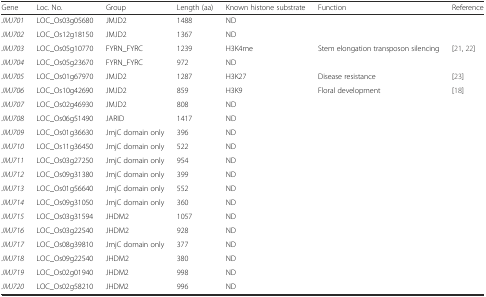
<table><thead><tr><td><b>Gene</b></td><td><b>Loc. No.</b></td><td><b>Group</b></td><td><b>Length (aa)</b></td><td><b>Known histone substrate</b></td><td><b>Function</b></td><td><b>Reference</b></td></tr></thead><tbody><tr><td><i>JMJ701</i></td><td>LOC_Os03g05680</td><td>JMJD2</td><td>1488</td><td>ND</td><td></td><td></td></tr><tr><td><i>JMJ702</i></td><td>LOC_Os12g18150</td><td>JMJD2</td><td>1367</td><td>ND</td><td></td><td></td></tr><tr><td><i>JMJ703</i></td><td>LOC_Os05g10770</td><td>FYRN_FYRC</td><td>1239</td><td>H3K4me</td><td>Stem elongation transposon silencing</td><td>[21, 22]</td></tr><tr><td><i>JMJ704</i></td><td>LOC_Os05g23670</td><td>FYRN_FYRC</td><td>972</td><td>ND</td><td></td><td></td></tr><tr><td><i>JMJ705</i></td><td>LOC_Os01g67970</td><td>JMJD2</td><td>1287</td><td>H3K27</td><td>Disease resistance</td><td>[23]</td></tr><tr><td><i>JMJ706</i></td><td>LOC_Os10g42690</td><td>JMJD2</td><td>859</td><td>H3K9</td><td>Floral development</td><td>[18]</td></tr><tr><td><i>JMJ707</i></td><td>LOC_Os02g46930</td><td>JMJD2</td><td>808</td><td>ND</td><td></td><td></td></tr><tr><td><i>JMJ708</i></td><td>LOC_Os06g51490</td><td>JARID</td><td>1417</td><td>ND</td><td></td><td></td></tr><tr><td><i>JMJ709</i></td><td>LOC_Os01g36630</td><td>JmjC domain only</td><td>396</td><td>ND</td><td></td><td></td></tr><tr><td><i>JMJ710</i></td><td>LOC_Os11g36450</td><td>JmjC domain only</td><td>522</td><td>ND</td><td></td><td></td></tr><tr><td><i>JMJ711</i></td><td>LOC_Os03g27250</td><td>JmjC domain only</td><td>954</td><td>ND</td><td></td><td></td></tr><tr><td><i>JMJ712</i></td><td>LOC_Os09g31380</td><td>JmjC domain only</td><td>399</td><td>ND</td><td></td><td></td></tr><tr><td><i>JMJ713</i></td><td>LOC_Os01g56640</td><td>JmjC domain only</td><td>552</td><td>ND</td><td></td><td></td></tr><tr><td><i>JMJ714</i></td><td>LOC_Os09g31050</td><td>JmjC domain only</td><td>360</td><td>ND</td><td></td><td></td></tr><tr><td><i>JMJ715</i></td><td>LOC_Os03g31594</td><td>JHDM2</td><td>1057</td><td>ND</td><td></td><td></td></tr><tr><td><i>JMJ716</i></td><td>LOC_Os03g22540</td><td>JHDM2</td><td>928</td><td>ND</td><td></td><td></td></tr><tr><td><i>JMJ717</i></td><td>LOC_Os08g39810</td><td>JmjC domain only</td><td>377</td><td>ND</td><td></td><td></td></tr><tr><td><i>JMJ718</i></td><td>LOC_Os09g22540</td><td>JHDM2</td><td>380</td><td>ND</td><td></td><td></td></tr><tr><td><i>JMJ719</i></td><td>LOC_Os02g01940</td><td>JHDM2</td><td>998</td><td>ND</td><td></td><td></td></tr><tr><td><i>JMJ720</i></td><td>LOC_Os02g58210</td><td>JHDM2</td><td>996</td><td>ND</td><td></td><td></td></tr></tbody></table>